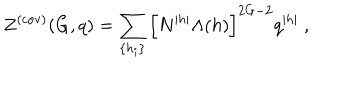
LaTeX: Z ^ { ( \mathrm { c o v ) } } ( G , q ) = \sum _ { \{ h _ { i } \} } \left[ N ^ { | h | } \Lambda ( h ) \right] ^ { 2 G - 2 } q ^ { | h | } ~ ,